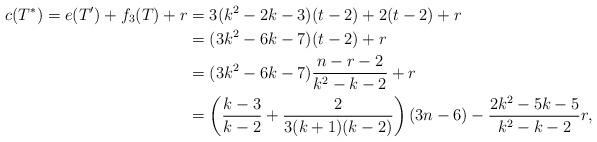
LaTeX: \begin{align*}c(T^*)=e(T^{\prime})+f_3(T)+r&=3(k^2-2k-3)(t-2)+2(t-2)+r\\&=(3k^2-6k-7)(t-2)+r\\&=(3k^2-6k-7)\frac{n-r-2}{k^2-k-2}+r\\&=\left(\frac{k-3}{k-2}+\frac{2}{3(k+1)(k-2)}\right)(3n-6)-\frac{2k^2-5k-5}{k^2-k-2}r,\end{align*}